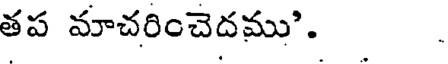
తప మాచరించెదము'. .